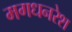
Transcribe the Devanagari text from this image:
मगधनरेश